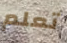
تعلم